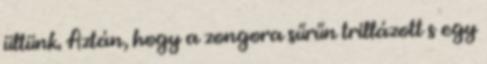
ültünk. Aztán, hogy a zongora sűrűn trillázott s egy